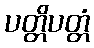
ပတ္တိပတ္တံ